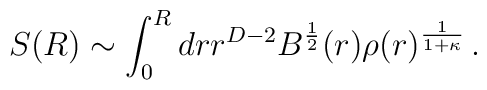
S(R) \sim\int^R_0 dr r^{D-2} B^{1\over2}(r)\rho(r)^{1\over1+\kappa} \,.